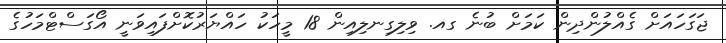
ޖަގަހައަށް ގެއްލުންދިން ކަމަށް ބުނެ ގއ. ވިލިގިނލިއިން 18 މީހަކު ހައްޔަރުކޮށްފައިވަނީ އޯގަސްޓްމަހުގެ